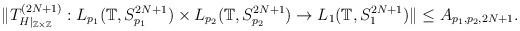
LaTeX: \begin{align*}\Vert T_{H\vert_{\mathbb{Z} \times \mathbb{Z}}}^{(2N+1)}: L_{p_1}(\mathbb{T}, S_{p_1}^{2N+1} ) \times L_{p_2}(\mathbb{T}, S_{p_2}^{2N+1} ) \rightarrow L_{1}(\mathbb{T}, S_{1}^{2N+1} ) \Vert \leq A_{p_1, p_2,2N+1}.\end{align*}